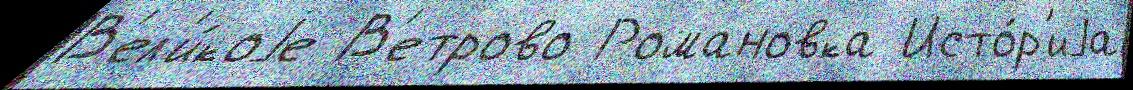
В'ел'и́коjе В'етрово Романовка Исто́р'иjа